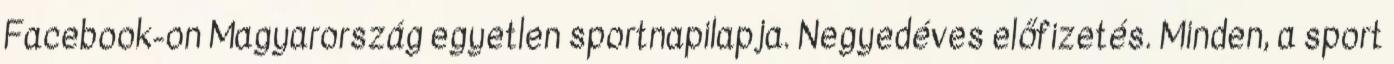
Facebook-on Magyarország egyetlen sportnapilapja. Negyedéves előfizetés. Minden, a sport